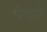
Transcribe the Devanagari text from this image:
भेगारी